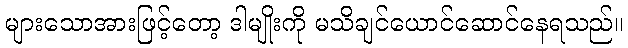
များသောအားဖြင့်တော့ ဒါမျိုးကို မသိချင်ယောင်ဆောင်နေရသည်။